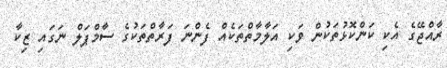
ރާއްޖޭގެ އެކި ކަންކޮޅުތަކުން ވަކި އަލާމާތްތަކެއް ފެންނަ ފަރާތްތަކުގެ ސާމްޕަލް ނަގައި ޒިކާ